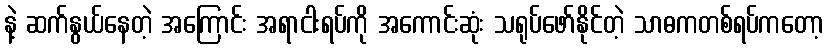
နဲ့ ဆက်နွယ်နေတဲ့ အကြောင်း အရာငါးရပ်ကို အကောင်းဆုံး သရုပ်ဖော်နိုင်တဲ့ သာဓကတစ်ရပ်ကတော့